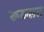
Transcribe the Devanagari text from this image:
रूख्सत